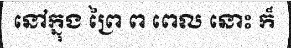
នៅក្នុង ព្រៃ ព ពេល នោះ ក៏